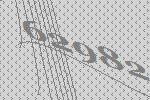
62982